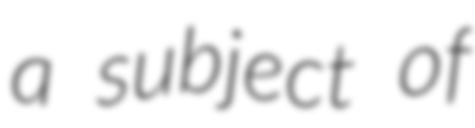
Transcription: a subject of